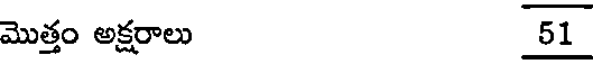
మొత్తం అక్షరాలు 51